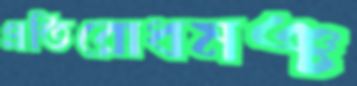
প্রতিরোধমঞ্চ